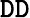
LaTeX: \mathtt{D}\mathtt{D}